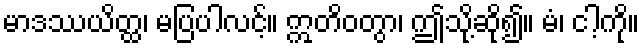
မာဒဿယိတ္ထ၊ မပြပါလင့်။ ဣတိဝတွာ၊ ဤသို့ဆို၍။ မံ၊ ငါ့ကို။